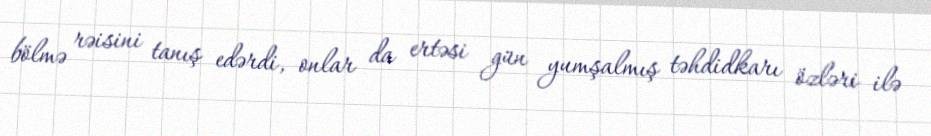
bölmə rəisini tanış edərdi, onlar da ertəsi gün yumşalmış təhdidkarı özləri ilə